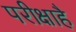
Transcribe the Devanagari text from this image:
परीक्षाहै